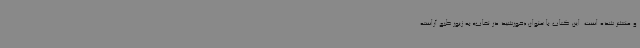
و منتشر شده است. این کتاب با عنوان «خورشید در نقاب» به زیور طبع آراسته